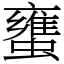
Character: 䗸